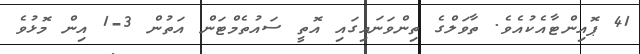
41 ޕޮއިންޓާއެކުއެވެ. ތާވަލްގެ ތިންވަނައިގައި އޮތީ ސައުތެމްޓަން އަތުން 3-1 އިން މޮޅުވެ